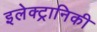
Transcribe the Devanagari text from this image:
इलेक्‍ट्रानिकी